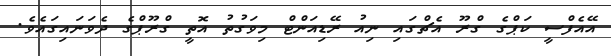
އޭއެފްސީ ކަޕްގެ ގްރޫ އެޗްގައި ނިއު ރޭޑިއަންޓް މިވަގުތު އޮތީ ގްރޫޕްގެ ދެވަނައިގައެވެ.